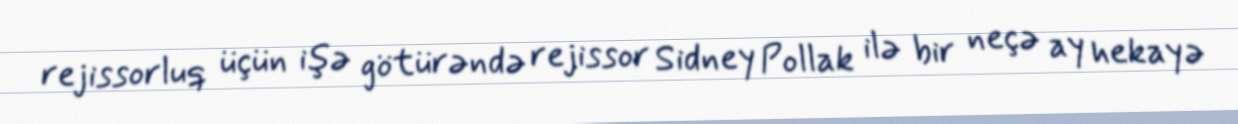
rejissorluq üçün işə götürəndə rejissor Sidney Pollak ilə bir neçə ay hekayə